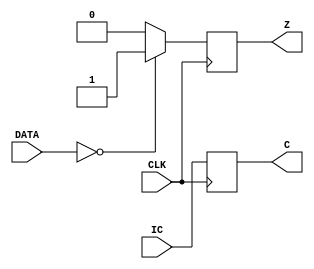
`timescale 1ns / 1ps
//////////////////////////////////////////////////////////////////////////////////
// Company: 
// Engineer: 
// 
// Design Name: 
// Module Name:    StatusRegister 
// Project Name: 
// Target Devices: 
// Tool versions: 
// Description: 
//
// Dependencies: 
//
// Revision: 
// Revision 0.01 - File Created
// Additional Comments: 
//
//////////////////////////////////////////////////////////////////////////////////
module StatusRegister(CLK, IC, DATA, C, Z);
    input CLK;
    input IC;
    input [3:0]DATA;
    output C;
    output Z;

    reg Z;
    reg C;

    always @(posedge CLK) begin
        C <= IC;
        if (DATA == 4'b0000)
        begin
            Z <= 1;
        end
        else
        begin
            Z <= 0;
        end
    end
endmodule